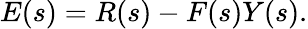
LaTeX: E(s)=R(s)-F(s)Y(s).